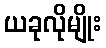
ယခုလိုမျိုး